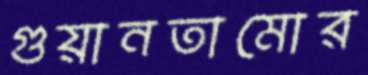
গুয়ানতামোর